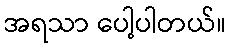
အရသာ ပေါ့ပါတယ်။